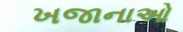
ખજાનાઓ